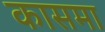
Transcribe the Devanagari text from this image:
कासमा